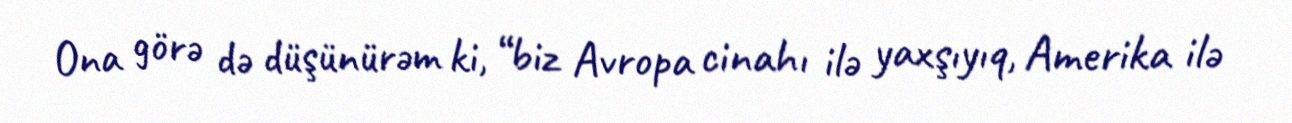
Ona görə də düşünürəm ki, “biz Avropa cinahı ilə yaxşıyıq, Amerika ilə